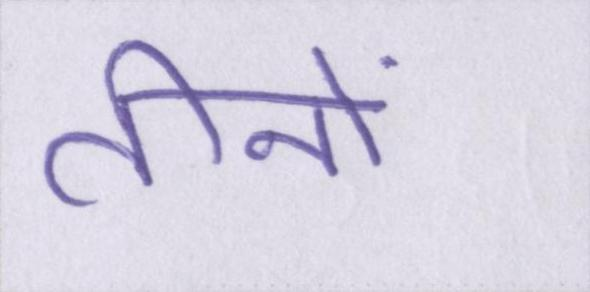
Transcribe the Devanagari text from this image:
तीनों